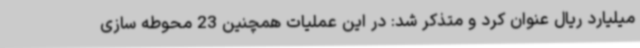
میلیارد ریال عنوان کرد و متذکر شد: در این عملیات همچنین 23 محوطه سازی